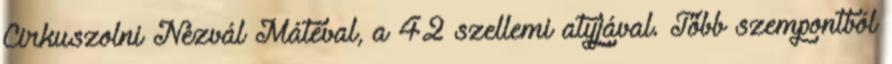
Cirkuszolni Nezvál Mátéval, a 42 szellemi atyjával. Több szempontból